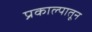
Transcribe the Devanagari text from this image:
प्रकाल्पातून